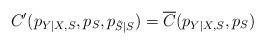
LaTeX: \begin{align*}C'(p_{Y|X,S},p_S,p_{\tilde{S}|S})=\overline{C}(p_{Y|X,S},p_S)\end{align*}